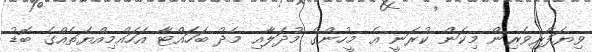
ވިޔަފާރިވެރިން މިކަން ކުރަނީ އެ މީހުންގެ މުދަލާއި މެދު ބަހައްޓާ އަހައްމިއްޔަތެއްގެ ބޮޑު